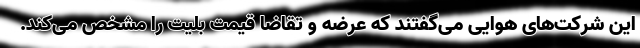
این شرکت‌های هوایی می‌گفتند که عرضه و تقاضا قیمت بلیت را مشخص می‌کند.